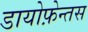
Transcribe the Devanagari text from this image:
डायोफ़ेन्तस